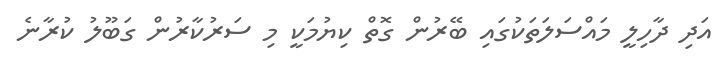
އަދި ދާހިލީ މައްސަލަތަކުގައި ބޭރުން ގޮތް ކިޔުމަކީ މި ސަރުކާރުން ގަބޫލު ކުރާނެ